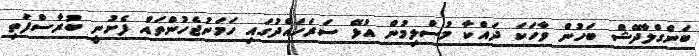
ބަންގްލާދޭޝް ބަހުން ވާހަކަ ދައްކާ މުސްލިމުން އުޅޭ ސަރަހައްދުގައި ހަމަނުޖެހުންތައް ފެށުނީ ބުރާސްފަތި